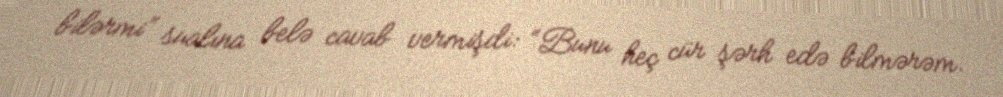
bilərmi” sualına belə cavab vermişdi: “Bunu heç cür şərh edə bilmərəm.